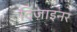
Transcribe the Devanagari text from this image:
दिज़ाइनर